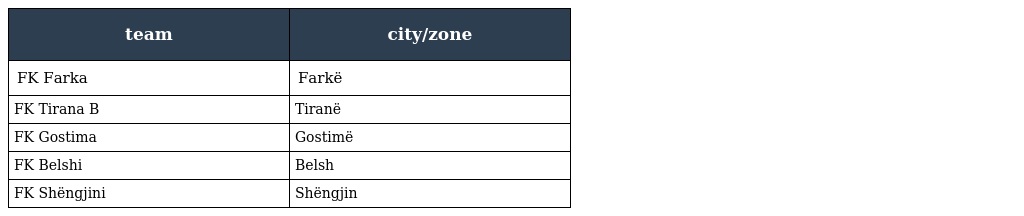
| team | city/zone |
 | --- | --- |
 | FK Farka | Farkë |
 | FK Tirana B | Tiranë |
 | FK Gostima | Gostimë |
 | FK Belshi | Belsh |
 | FK Shëngjini | Shëngjin |